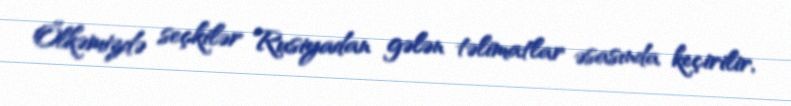
Ölkəmizdə seçkilər Rusiyadan gələn təlimatlar əsasında keçirilir,